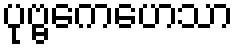
ပုဗ္ဗကေဟေသာ